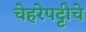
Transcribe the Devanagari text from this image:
चेहरेपट्टीचे